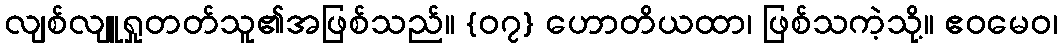
လျစ်လျူရှုတတ်သူ၏အဖြစ်သည်။ {၀၇} ဟောတိယထာ၊ ဖြစ်သကဲ့သို့။ ဧဝမေဝ၊